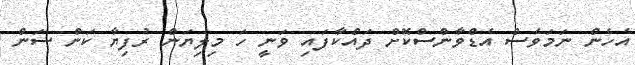
އެހެން ނަމަވެސް އެޑްވާންސްކޮށް ދައްކާފައި ވަނީ ހަ މިލިޔަން ރުފިޔާ ކަން ސަން